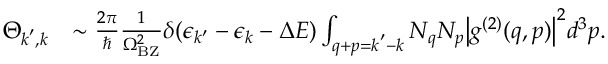
\begin{array} { r l } { \Theta _ { \boldsymbol { k } ^ { \prime } , \boldsymbol { k } } } & { \sim \frac { 2 \pi } { \hbar } \frac { 1 } { \Omega _ { \mathrm { B Z } } ^ { 2 } } \delta ( \epsilon _ { k ^ { \prime } } - \epsilon _ { k } - \Delta E ) \int _ { \boldsymbol { q } + \boldsymbol { p } = \boldsymbol { k } ^ { \prime } - \boldsymbol { k } } N _ { q } N _ { p } \big | g ^ { ( 2 ) } ( \boldsymbol { q } , \boldsymbol { p } ) \big | ^ { 2 } d ^ { 3 } \boldsymbol { p } . } \end{array}